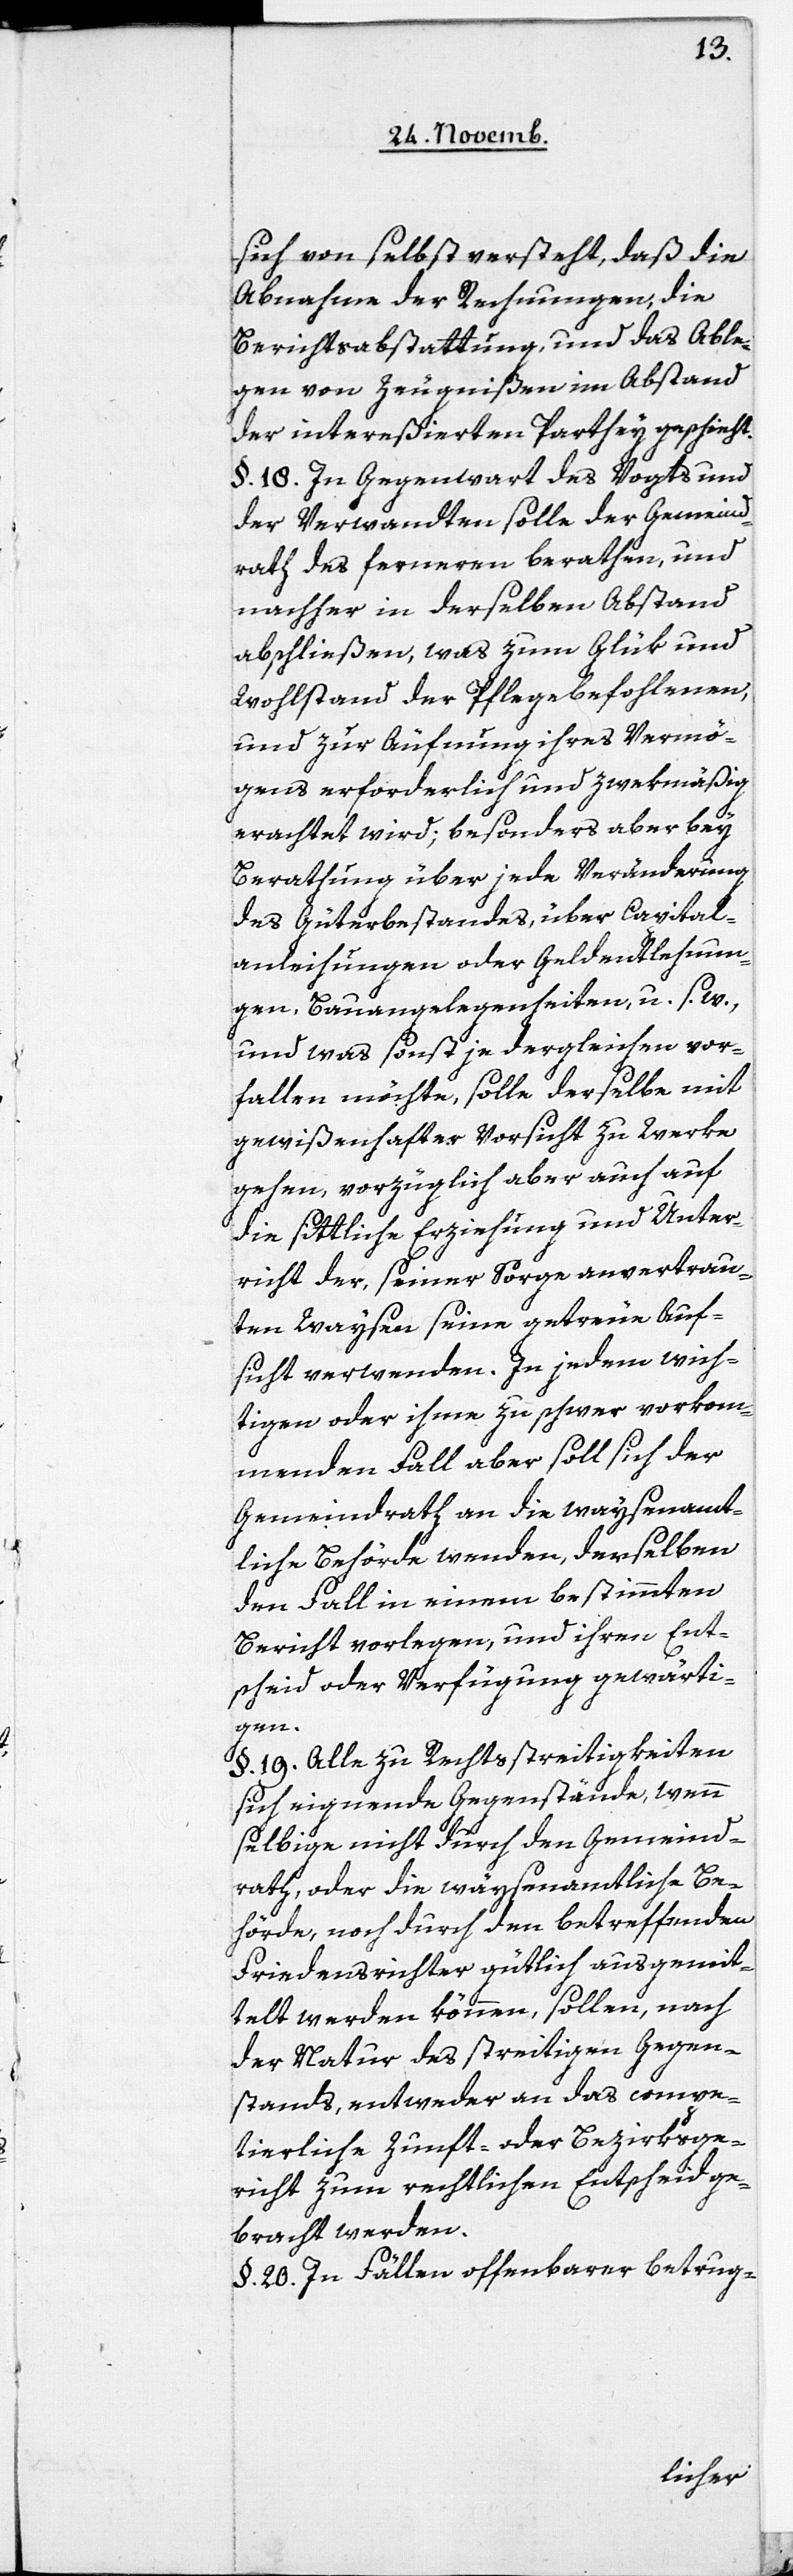
sich von selbst versteht, daß die
Abnahme der Rechnungen, die
Berichtsabstattung, und das Able¬
gen von Zeugnißen im Abstand
der intereßierten Parthey geschieht.
§. 18. In Gegenwart des Vogts und
der Verwandten solle der Gemeind¬
rath des ferneren berathen, und
nachher in derselben Abstand
abschließen, was zum Glück und
Wohlstand der Pflegebefohlenen,
und zur Äufnung ihres Vermö¬
gens erforderlich und zwekmäßig
erachtet wird; besonders aber bey
Berathung über jede Veränderung
des Güterbestandes, über Capital¬
anleihungen oder Geldentlehnun¬
gen, Bauangelegenheiten, u. s. w.,
und was sonst je dergleichen vor¬
fallen möchte, solle derselbe mit
gewißenhafter Vorsicht zu Werke
gehen, vorzüglich aber auch auf
die sittliche Erziehung und Unter¬
richt der, seiner Sorge anvertrau¬
ten Waysen seine getreue Auf¬
sicht verwenden. In jedem wich¬
tigen oder ihme zu schwer vorkom¬
menden Fall aber soll sich der
Gemeindrath an die waysenamt¬
liche Behörde wenden, denselben
den Fall in einem bestimmten
Bericht vorlegen, und ihren Ent¬
scheid oder Verfügung gewärti¬
gen.
§. 19. Alle zu Rechtsstreitigkeiten
sich eignende Gegenstände, wenn
selbige nicht durch den Gemeind¬
rath, oder die waysenamtliche Be¬
hörde, noch durch den betreffenden
Friedensrichter gütlich ausgemit¬
telt werden können, sollen, nach
der Natur des streitigen Gegen¬
stands, entweder an das compe¬
tierliche Zunft- oder Bezirksge¬
richt zum rechtlichen Entscheid ge¬
bracht werden.
§. 20. In Fällen offenbarer betrug-